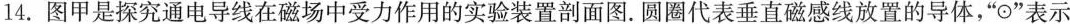
14.图甲是探究通电导线在磁场中受力作用的实验装置剖面图。圆圈代表垂直磁感线放置的导体，”⊙”表示